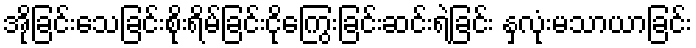
အိုခြင်းသေခြင်းစိုးရိမ်ခြင်းငိုကြွေးခြင်းဆင်းရဲခြင်း နှလုံးမသာယာခြင်း